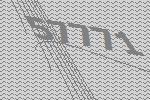
57771